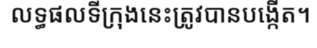
លទ្ធផលទីក្រុងនេះត្រូវបានបង្កើត។